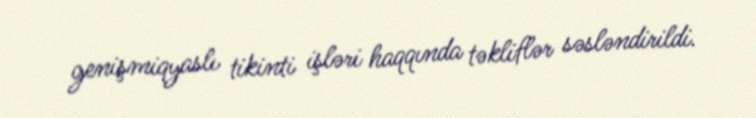
genişmiqyaslı tikinti işləri haqqında təkliflər səsləndirildi.